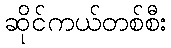
ဆိုင်ကယ်တစ်စီး